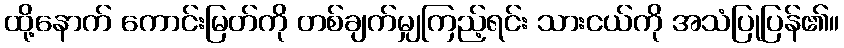
ထို့နောက် ကောင်းမြတ်ကို တစ်ချက်မျှကြည့်ရင်း သားငယ်ကို အသံပြုပြန်၏။